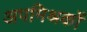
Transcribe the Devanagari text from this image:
अपमिश्रकों